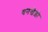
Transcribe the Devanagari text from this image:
धनखेड़ी